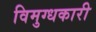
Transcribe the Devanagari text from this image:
विमुग्धकारी